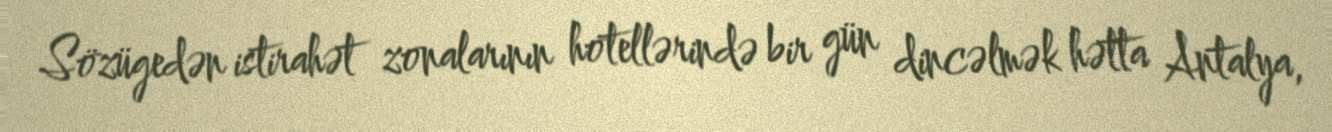
Sözügedən istirahət zonalarının hotellərində bir gün dincəlmək hətta Antalya,